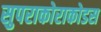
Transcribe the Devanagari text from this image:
सुपराकोराकोडस